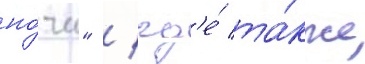
но́чи" / гд'е́ та́кже